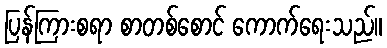
ပြန်ကြားစရာ စာတစ်စောင် ကောက်ရေးသည်။